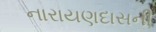
નારાયણદાસની